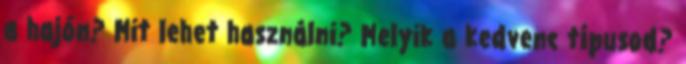
a hajón? Mit lehet használni? Melyik a kedvenc típusod?